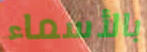
بالأسماء